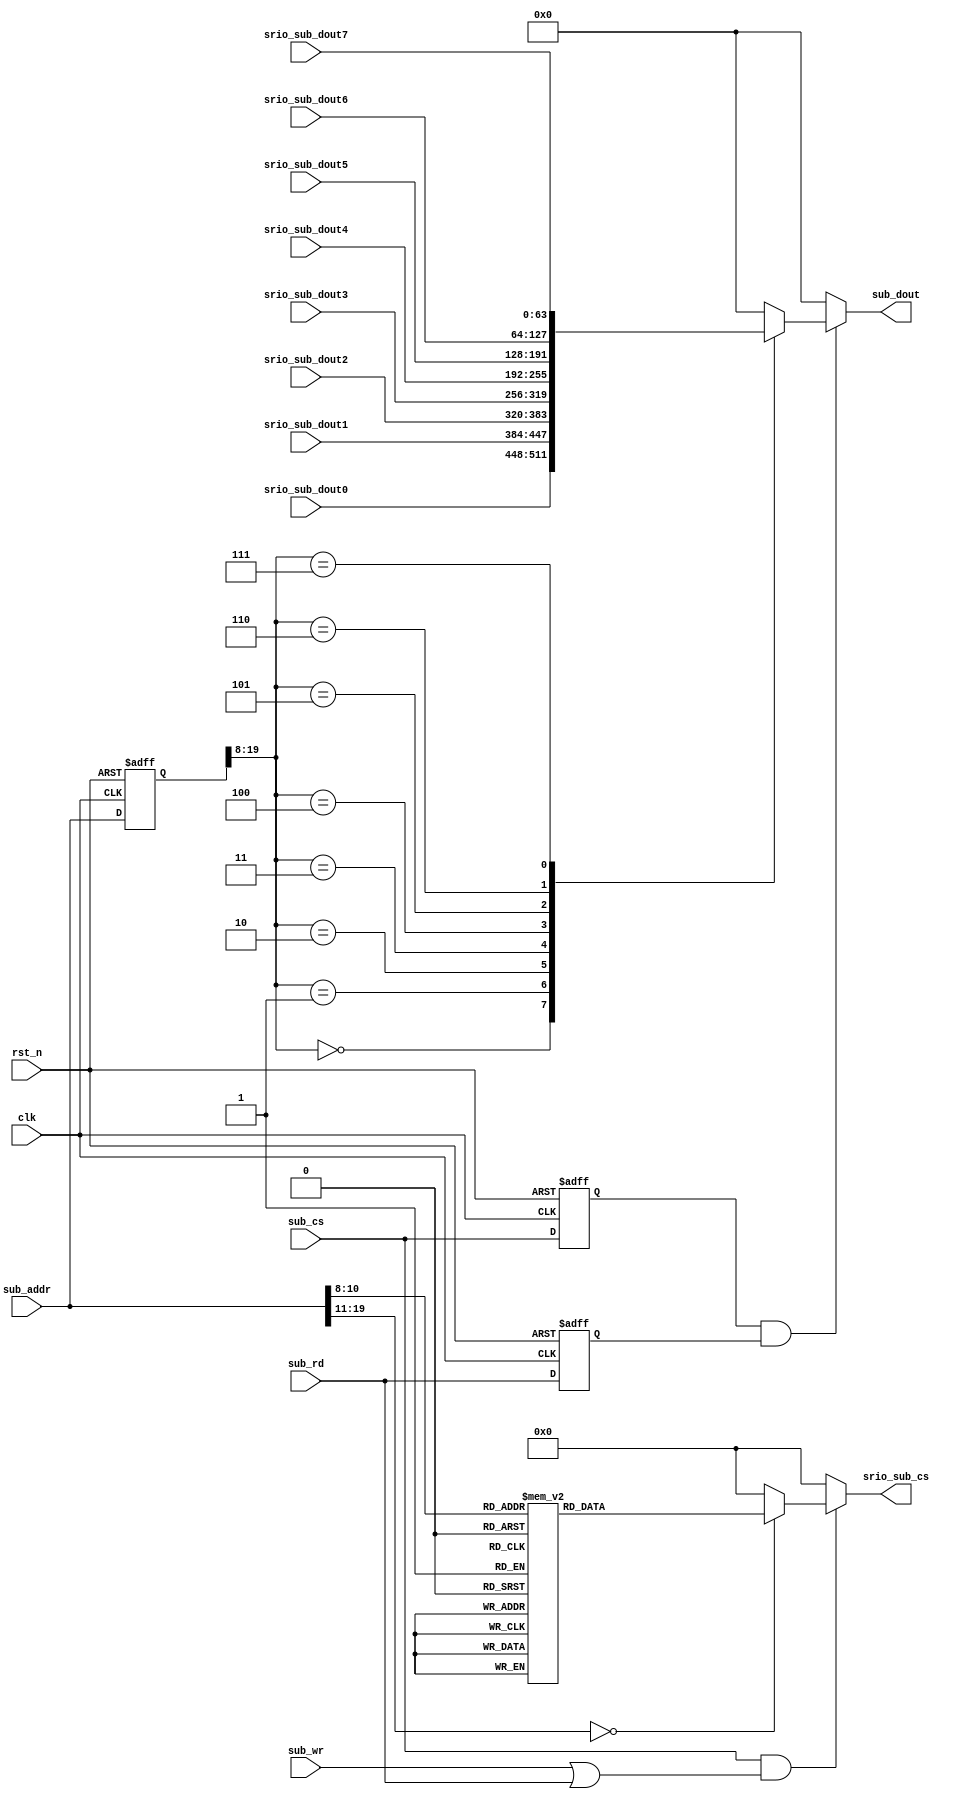
module sub_addr_assign
(
     input   wire          clk,
     input   wire          rst_n,
    
     input   wire          sub_cs,
     input   wire          sub_wr,  
     input   wire          sub_rd,  
     input   wire  [19:0]  sub_addr,
     output  reg   [63:0]  sub_dout, 
//   input   wire  [63:0]  ram_din,

     output  reg   [7:0]   srio_sub_cs,
     input   wire  [63:0]  srio_sub_dout0,
     input   wire  [63:0]  srio_sub_dout1,
     input   wire  [63:0]  srio_sub_dout2,
     input   wire  [63:0]  srio_sub_dout3,
     input   wire  [63:0]  srio_sub_dout4,
     input   wire  [63:0]  srio_sub_dout5,
     input   wire  [63:0]  srio_sub_dout6,
     input   wire  [63:0]  srio_sub_dout7
);

  reg    sub_rd_reg;
  reg    sub_cs_reg;
  reg    [31:0]    sub_addr_reg;
//  reg    [31:0]    srio_sub_dout1_reg;
  
  always@(posedge clk or negedge rst_n)
      if (!rst_n)
      begin
          sub_rd_reg    <=    1'b0;
          sub_cs_reg    <=    1'b0;
          sub_addr_reg  <=    32'b0;
      end
      else
      begin
          sub_rd_reg    <=    sub_rd;
          sub_cs_reg    <=    sub_cs;
          sub_addr_reg  <=    sub_addr;          
      end
		
//  always@(posedge clk)
//      srio_sub_dout1_reg    <=    srio_sub_dout1;          
  
  always@(*)
      if (sub_cs_reg & sub_rd_reg)
		begin
          case (sub_addr_reg[19:8])
              12'h000:    sub_dout    =    srio_sub_dout0;
              12'h001:    sub_dout    =    srio_sub_dout1;  
              12'h002:    sub_dout    =    srio_sub_dout2;
              12'h003:    sub_dout    =    srio_sub_dout3;
              12'h004:    sub_dout    =    srio_sub_dout4;
              12'h005:    sub_dout    =    srio_sub_dout5;
              12'h006:    sub_dout    =    srio_sub_dout6;
              12'h007:    sub_dout    =    srio_sub_dout7;
              default:    sub_dout    =    64'h0;
		    endcase
		end		  
      else
          sub_dout    =    64'h0;

  always@(*)
      if  (sub_cs & (sub_wr | sub_rd))
		begin
          case (sub_addr[19:8])
			 
              12'h000:    srio_sub_cs    =    8'b0000_0001;
              12'h001:    srio_sub_cs    =    8'b0000_0010;  
              12'h002:    srio_sub_cs    =    8'b0000_0100;
              12'h003:    srio_sub_cs    =    8'b0000_1000;
              12'h004:    srio_sub_cs    =    8'b0001_0000;
              12'h005:    srio_sub_cs    =    8'b0010_0000;
              12'h006:    srio_sub_cs    =    8'b0100_0000;
              12'h007:    srio_sub_cs    =    8'b1000_0000;
              default:    srio_sub_cs    =    8'b0000_0000;
		    endcase
		end
      else
          srio_sub_cs    =    8'b0000_0000;
          
endmodule